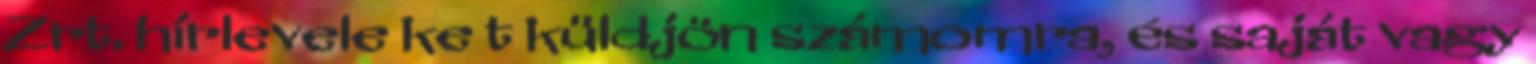
Zrt. hírlevele ke t küldjön számomra, és saját vagy